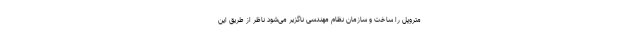
متروپل را ساخت و سازمان نظام مهندسی ناگزیر می‌شود ناظر از طریق این